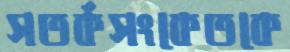
সতর্কসংকেতকে